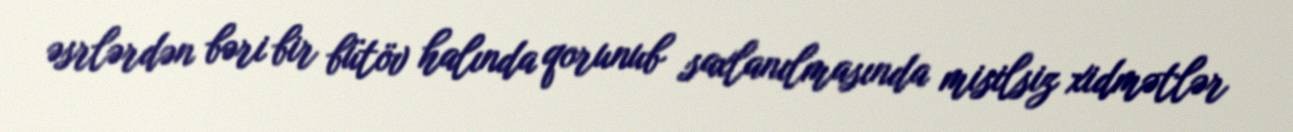
əsrlərdən bəri bir bütöv halında qorunub saxlanılmasında misilsiz xidmətlər